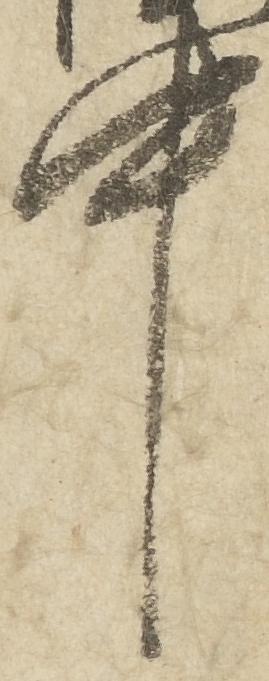
中